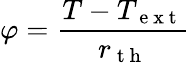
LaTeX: \varphi=\frac{T-T_{\mathrm{~e~x~t~}}}{r_{\mathrm{~t~h~}}}